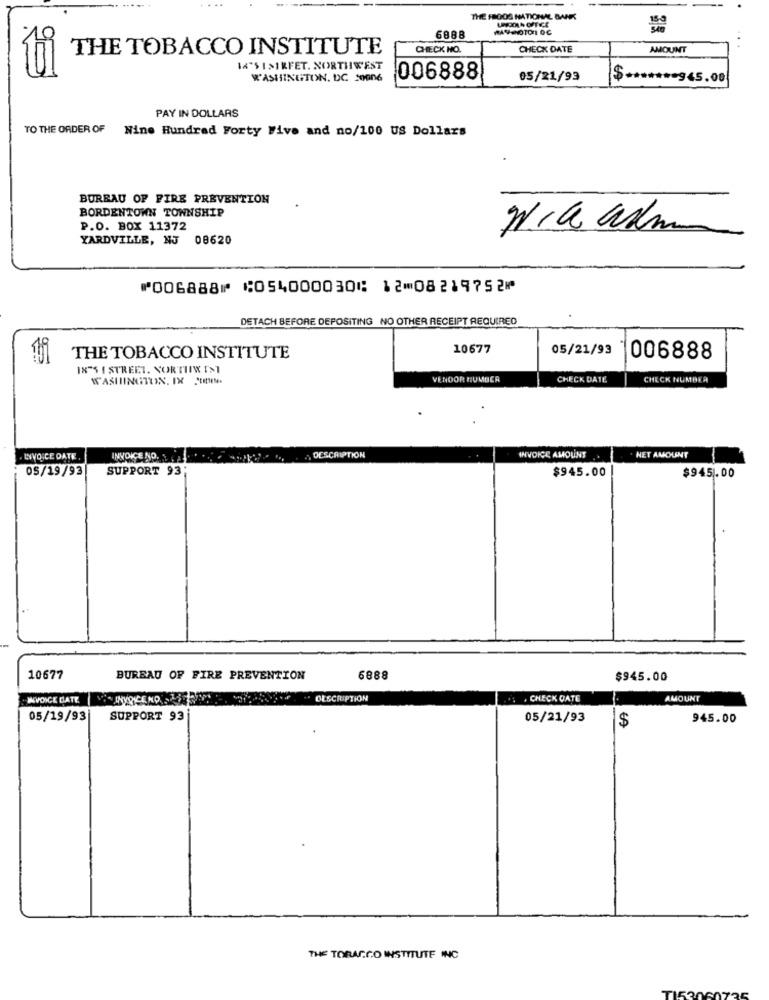
THE FIGOS NATIONAL BANK
6888
THE TOBACCO INSTITUTE
CHECK HO.
CHECK DATE
AMOUNT
14"$ 1>IRFET. NORTHWEST
WASHINGTON, DC 20006
006888
05/21/93
$ ******* 945.00
PAY IN DOLLARS
TO THE ORDER OF
Nine Hundred Forty Five and no/100 US Dollars
BUREAU OF FIRE PREVENTION
BORDENTOWN TOWNSHIP
P.O. BOX 11372
YARDVILLE, NJ 08620
⑈006888⑈ ⑆054000030⑆ 12⑉08219752⑈
DETACH BEFORE DEPOSITING NO OTHER RECEIPT REQUIRED
10677
05/21/93
THE TOBACCO INSTITUTE
006888
1875 I STREET. NORTHW D>1
WASHINGTON. IX PtEN.
VENDOR NUMBER
CHECK DATE
CHECK NUMBER
DESCRIPTION
INVOICE DATE
INVOICE NO. ..
INVOICE AMOUNT
NET AMOUNT
OS/19/93
SUPPORT 93
$945.00
$945.00
10677
BUREAU OF FIRE PREVENTION
6888
$945.00
INVOICE DATE
" DESCRIPTION
. . CHECK GATE
AMOUNT
05/19/93
SUPPORT 93
05/21/93
$
945.00
THE TOBACCO INSTITUTE INC